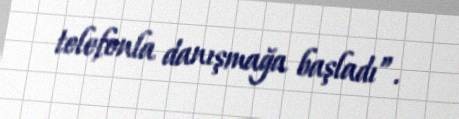
telefonla danışmağa başladı”.